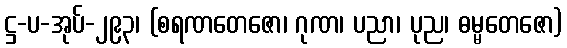
ဋ္ဌ-ပ-အုပ်-၂၉၃၊ (စရဏတေဇော၊ ဂုဏ၊ ပညာ၊ ပုည၊ ဓမ္မတေဇော)